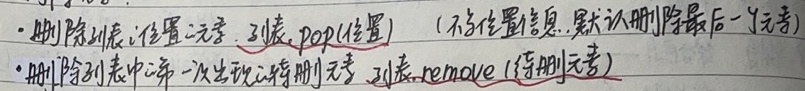
- 删除列表指定位置元素：列表.pop(位置)（不传位置信息，默认删除最后一个元素）
- 删除列表中第一次出现的待删元素：列表.remove(待删元素)